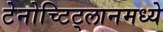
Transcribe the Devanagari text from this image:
टेनोच्टिट्लानमध्ये